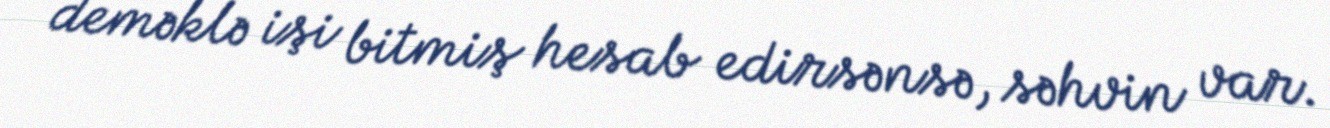
deməklə işi bitmiş hesab edirsənsə, səhvin var.